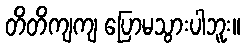
တိတိကျကျ ပြောမသွားပါဘူး။